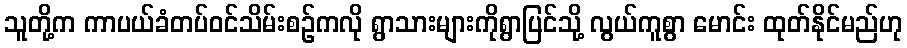
သူတို့က ကာပယ်ခံတပ်ဝင်သိမ်းစဉ်ကလို ရွာသားများကိုရွာပြင်သို့ လွယ်ကူစွာ မောင်း ထုတ်နိုင်မည်ဟု